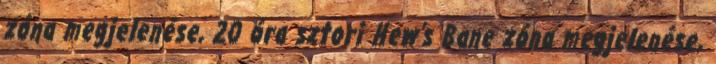
zóna megjelenése, 20 óra sztori Hew's Bane zóna megjelenése,